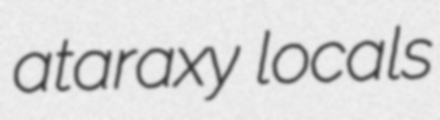
ataraxy locals